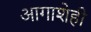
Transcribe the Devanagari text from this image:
आगाशेही